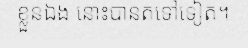
ខ្លួនឯង នោះបានតទៅទៀត។